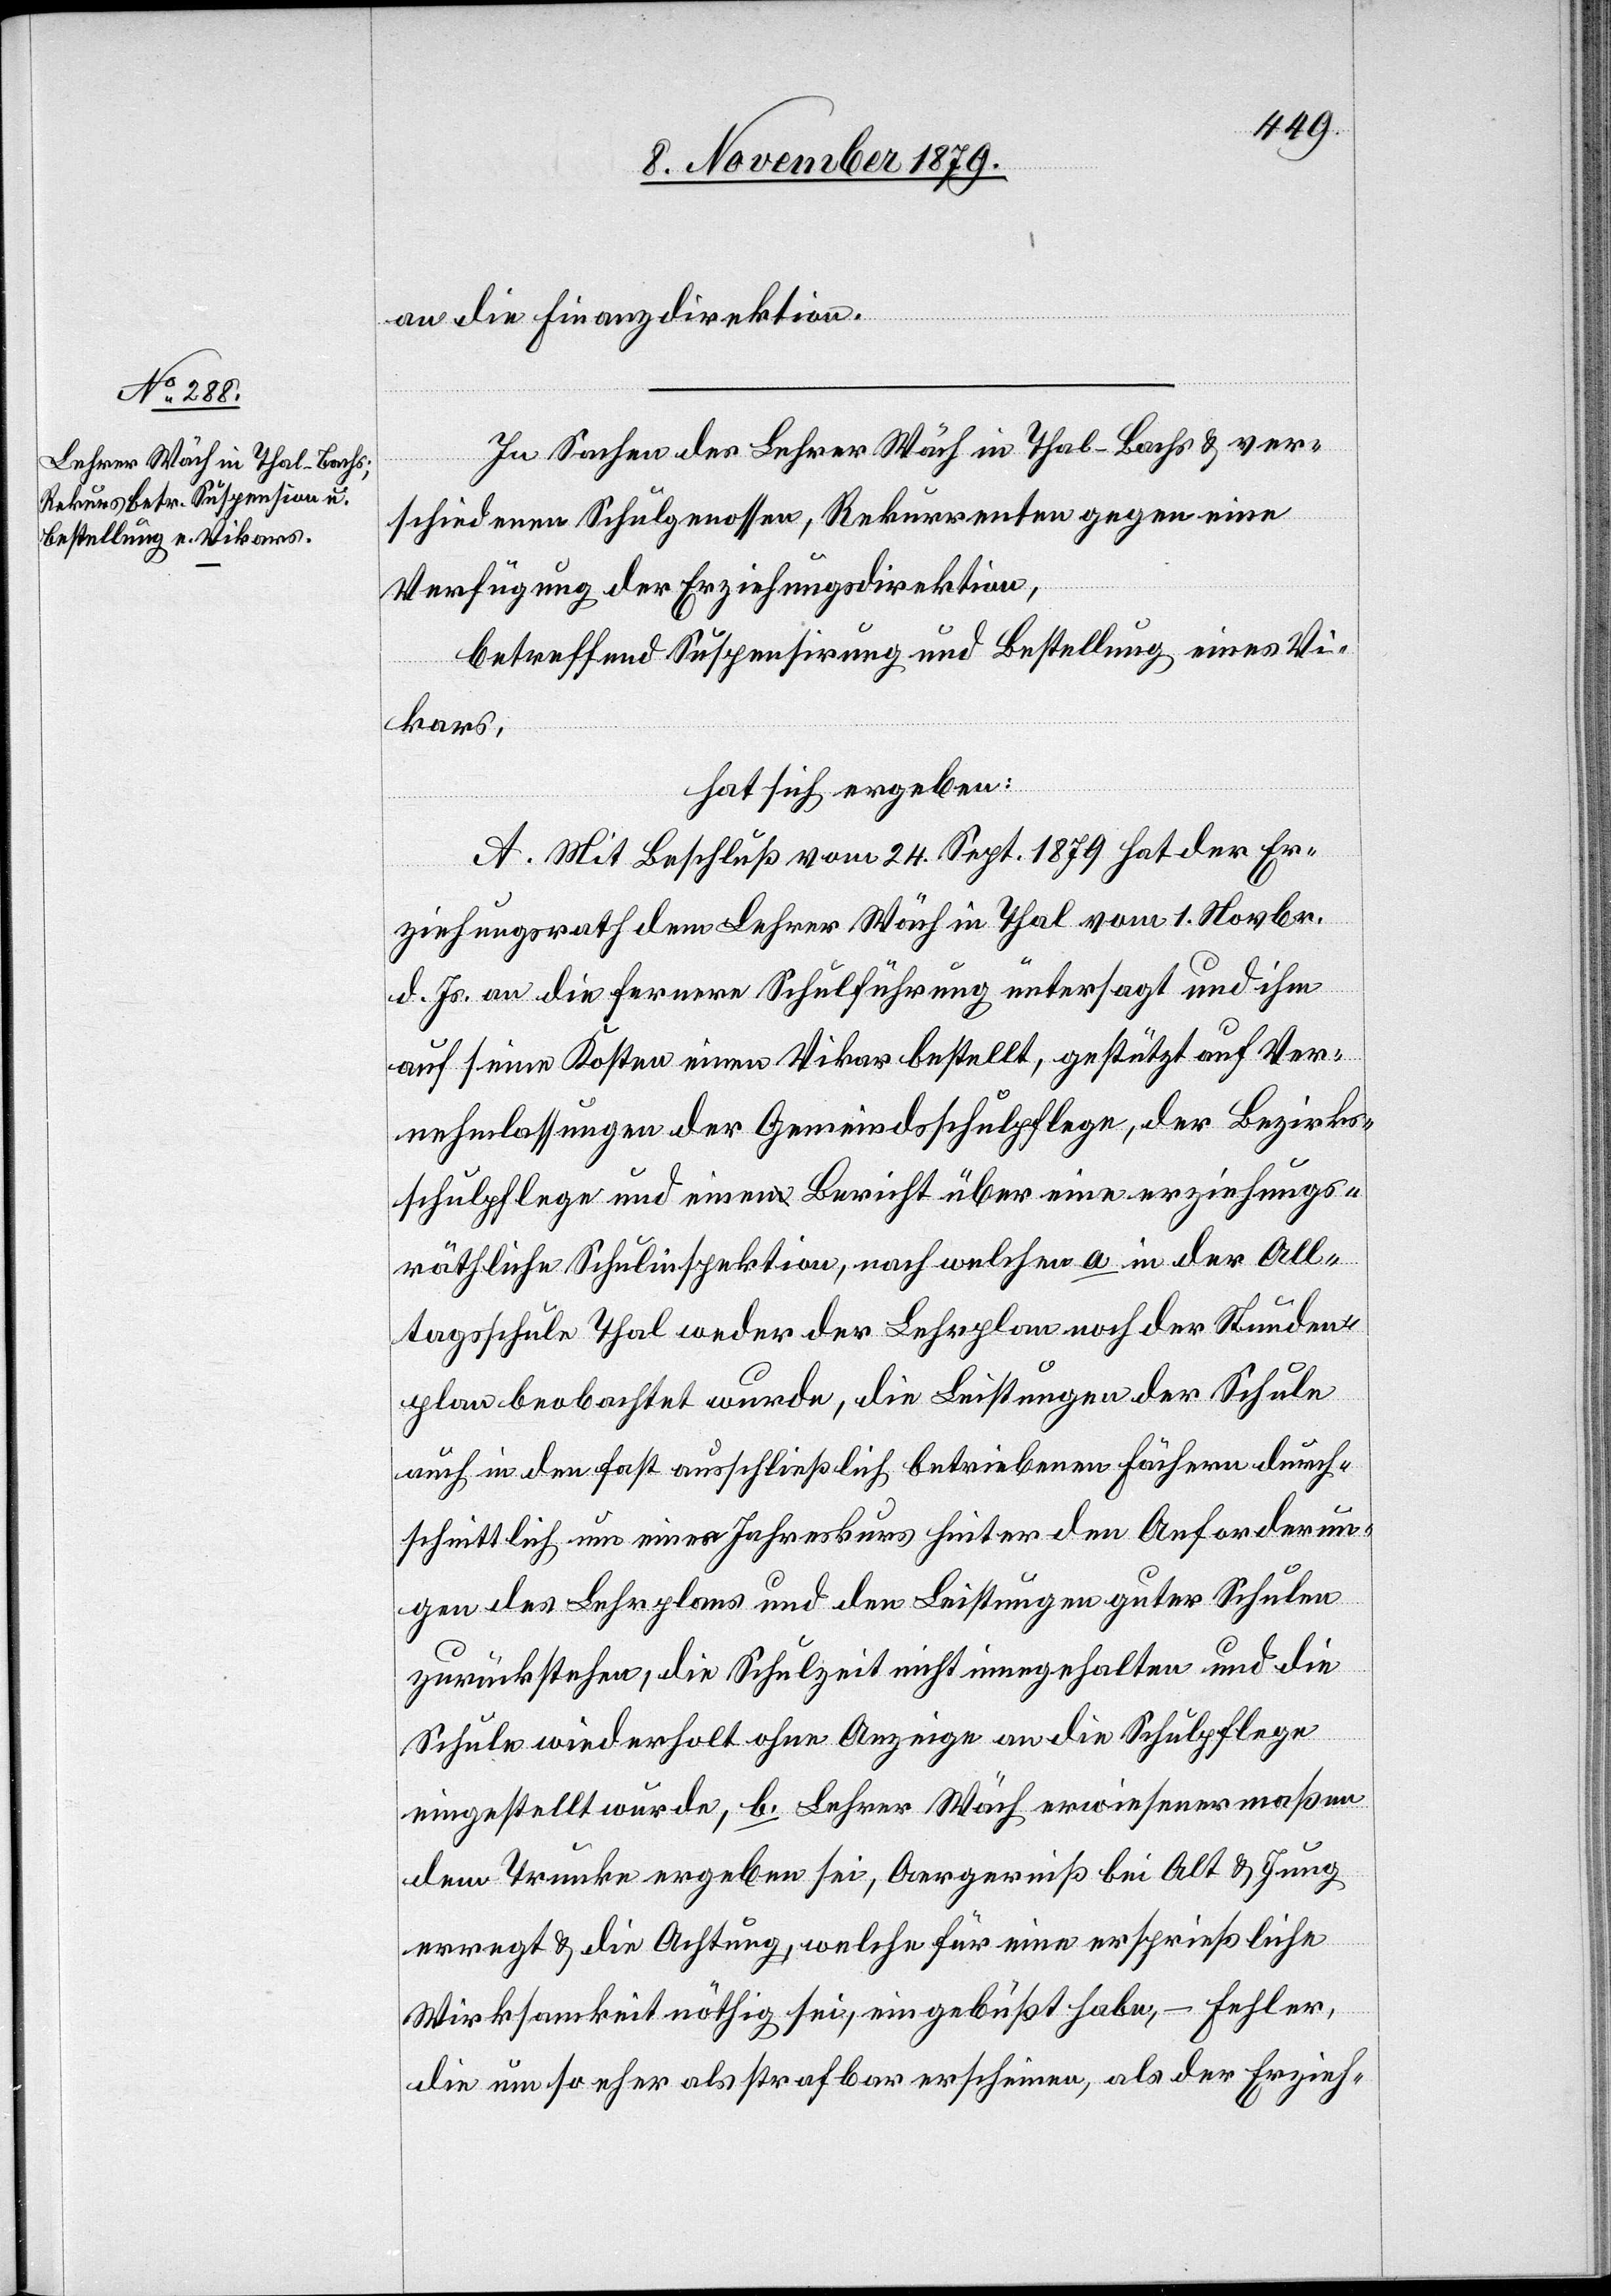
an die Finanzdirektion.
In Sachen des Lehrer Wäch in Thal - Bachs & ver¬
schiedenen Schulgenossen, Rekurrenten gegen eine
Verfügung der Erziehungsdirektion,
betreffend Suspensirung und Bestellung eines Vi¬
kars,
hat sich ergeben:
A. Mit Beschluß vom 24. Sept. 1879 hat der Er¬
ziehungsrath dem Lehrer Wäch in Thal vom 1. Novbr.
d. Js. an die fernere Schulführung untersagt und ihm
auf seine Kosten einen Vikar bestellt, gestützt auf Ver¬
nehmlassungen der Gemeindsschulpflege, der Bezirks¬
schulpflege und einen Bericht über eine erziehungs¬
räthliche Schulinspektion, nach welchen a. in der All¬
tagsschule Thal weder der Lehrplan noch der Stunden¬
plan beobachtet wurde, die Leistungen der Schule
auch den fast ausschließlich betriebenen Fächern durch¬
schnittlich um einen Jahreskurs hinter den Anforderun¬
gen des Lehrplans und den Leistungen guter Schulen
zurückstehe, die Schulzeit nicht eingehalten und die
Schule wiederholt ohne Anzeige an die Schulpflege
eingestellt wurde, b. Lehrer Wäch erwiesenermaßen
dem Trunke ergeben sei, Aergerniß bei Alt & Jung
erregt & die Achtung, welche für eine ersprießliche
Wirksamkeit nöthig sei, eingebüßt habe, – Fehler,
die um so eher als strafbar erscheinen, als der Erzieh-